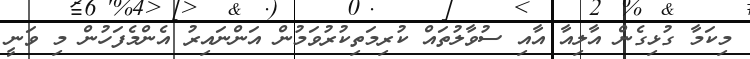
މިކަމާ ގުޅިގެން އާލިއާ އާއި ސުވާލުތައް ކުރިމަތިކުރުވަމުން އަންނައިރު އެންމެފަހުން މި ވަނީ